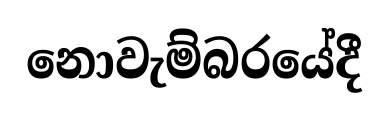
නොවැම්බරයේදී